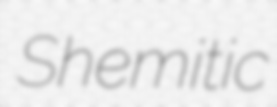
Shemitic